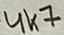
Text: 4K7